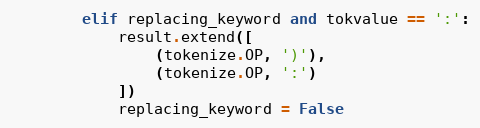
Language: Python
        elif replacing_keyword and tokvalue == ':':
            result.extend([
                (tokenize.OP, ')'),
                (tokenize.OP, ':')
            ])
            replacing_keyword = False